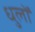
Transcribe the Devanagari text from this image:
धुलों